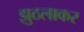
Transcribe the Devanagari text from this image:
झुठलाकर